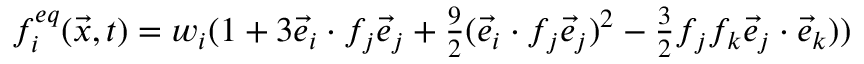
\begin{array} { r } { f _ { i } ^ { e q } ( \vec { x } , t ) = { w _ { i } } ( 1 + 3 \vec { e } _ { i } \cdot f _ { j } \vec { e } _ { j } + \frac { 9 } { 2 } ( \vec { e } _ { i } \cdot f _ { j } \vec { e } _ { j } ) ^ { 2 } - \frac { 3 } { 2 } f _ { j } f _ { k } \vec { e } _ { j } \cdot \vec { e } _ { k } ) ) } \end{array}